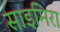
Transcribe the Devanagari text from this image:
साइमिरा